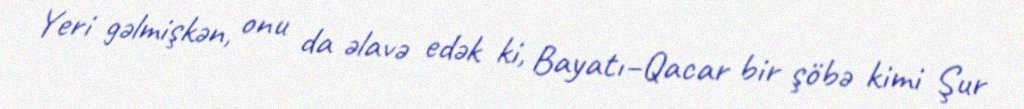
Yeri gəlmişkən, onu da əlavə edək ki, Bayatı–Qacar bir şöbə kimi Şur